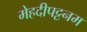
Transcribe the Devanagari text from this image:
मेहदीपट्टनम